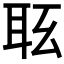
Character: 𦕇